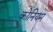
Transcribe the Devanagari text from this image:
कोनियम